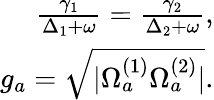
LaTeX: \begin{array}{r}{\frac{\gamma_{1}}{\Delta_{1}+\omega}=\frac{\gamma_{2}}{\Delta_{2}+\omega},}\\ {g_{a}=\sqrt{|\Omega_{a}^{(1)}\Omega_{a}^{(2)}|}.}\end{array}